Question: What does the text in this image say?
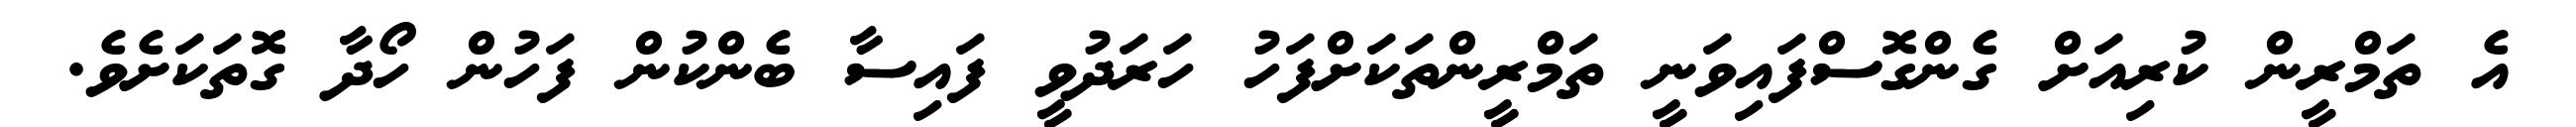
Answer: އެ ތަމްރީން ކުރިއަށް ގެންގޮސްފައިވަނީ ތަމްރީންތަކަށްފަހު ހަރަދުވީ ފައިސާ ބެންކުން ފަހުން ހޯދާ ގޮތަކަށެވެ.